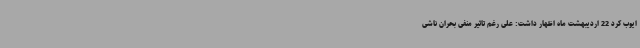
ایوب کرد 22 اردیبهشت ماه اظهار داشت: علی رغم تاثیر منفی بحران ناشی